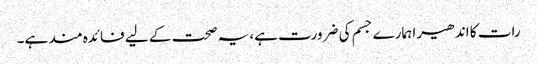
رات کا اندھیرا ہمارے جسم کی ضرورت ہے، یہ صحت کے لیے فائدہ مند ہے۔